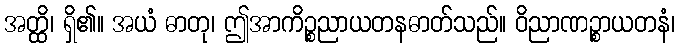
အတ္ထိ၊ ရှိ၏။ အယံ ဓာတု၊ ဤအာကိဉ္စညာယတနဓာတ်သည်။ ဝိညာဏဉ္စာယတနံ၊